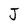
Character: J